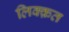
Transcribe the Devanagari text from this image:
लिक्क़त